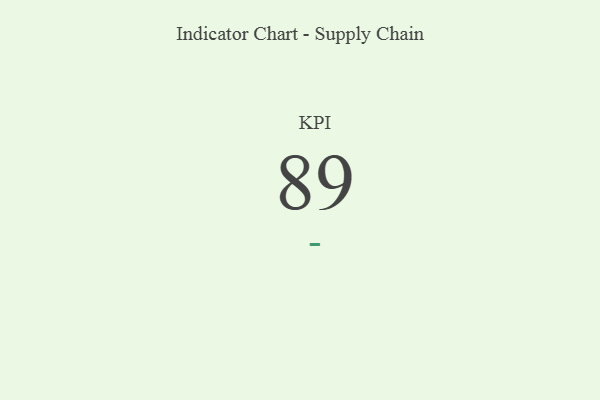
{"axis": {"x": "KPI", "y": "Value"}, "legend": [""], "data": [{"x": "KPI", "y": 89, "type": ""}]}